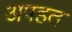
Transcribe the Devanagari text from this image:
अपहत